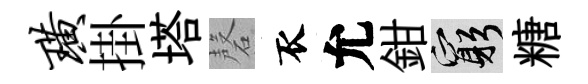
璜掛塔磬衣允鉗窮糖